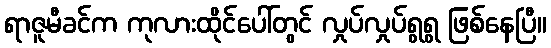
ရာဇူမီခင်က ကုလားထိုင်ပေါ်တွင် လှုပ်လှုပ်ရွရွ ဖြစ်နေပြီ။